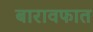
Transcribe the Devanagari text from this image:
बारावफात